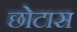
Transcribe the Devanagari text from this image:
छोटास